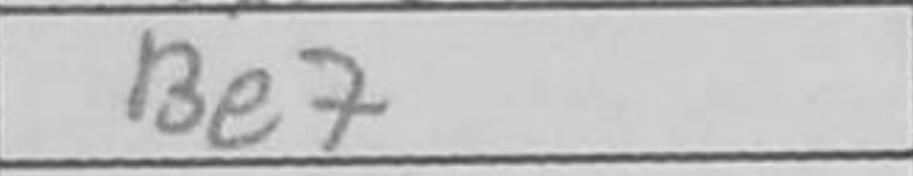
Transcription: Be7